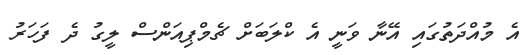
އެ މުއްދަތުގައި އޭނާ ވަނީ އެ ކްލަބަށް ޗެމްޕިއަންސް ލީގު ދެ ފަހަރު